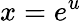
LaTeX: x=e^{u}